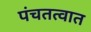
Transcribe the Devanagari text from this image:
पंचतत्वात